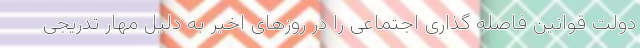
دولت قوانین فاصله گذاری اجتماعی را در روزهای اخیر به دلیل مهار تدریجی